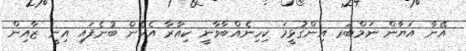
އޭނާ އަޔާން ނަމްބަރ އިންގުޅީމަ ކިހިނެއްބާވާނީ ކިއާރާ އެހެން ބުނެފައި އިނީ ޒާއިން